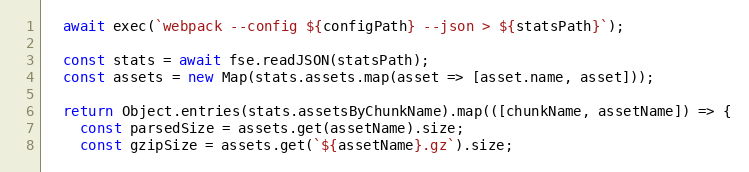
Language: JavaScript
  await exec(`webpack --config ${configPath} --json > ${statsPath}`);

  const stats = await fse.readJSON(statsPath);
  const assets = new Map(stats.assets.map(asset => [asset.name, asset]));

  return Object.entries(stats.assetsByChunkName).map(([chunkName, assetName]) => {
    const parsedSize = assets.get(assetName).size;
    const gzipSize = assets.get(`${assetName}.gz`).size;